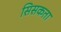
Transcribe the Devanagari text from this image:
सिसकता